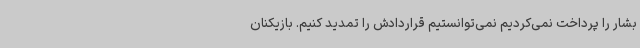
بشار را پرداخت نمی‌کردیم نمی‌توانستیم قراردادش را تمدید کنیم. بازیکنان